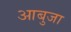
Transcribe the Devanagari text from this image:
आबुजा